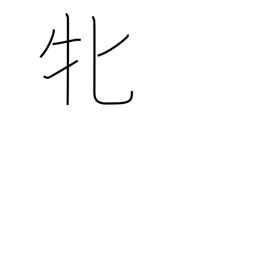
Meaning: female